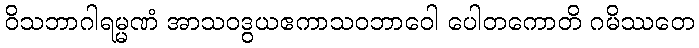
ဝိသဘာဂါရမ္မဏံ အာသဝဒွယဧကာသဝဘာဝေါ ပေါတကောတိ ဂမိဿတေ